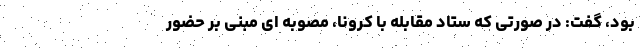
بود، گفت: در صورتی که ستاد مقابله با کرونا، مصوبه ای مبنی بر حضور